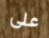
على